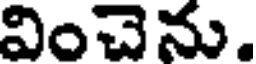
వించెను.